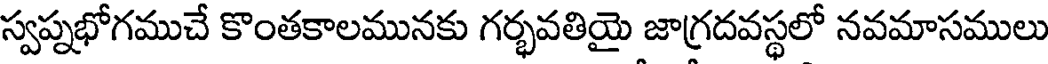
స్వప్నభోగముచే కొంతకాలమునకు గర్భవతియై జాగ్రదవస్థలో నవమాసములు